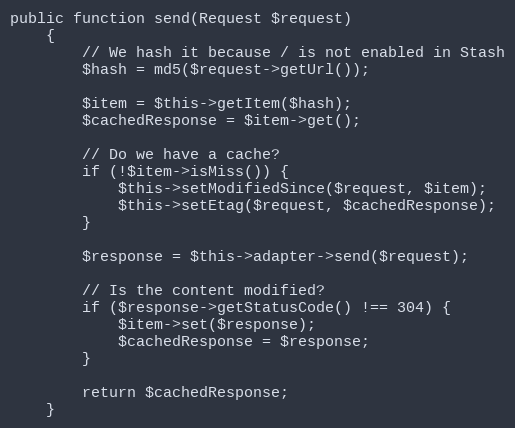
Language: PHP
public function send(Request $request)
    {
        // We hash it because / is not enabled in Stash
        $hash = md5($request->getUrl());

        $item = $this->getItem($hash);
        $cachedResponse = $item->get();

        // Do we have a cache?
        if (!$item->isMiss()) {
            $this->setModifiedSince($request, $item);
            $this->setEtag($request, $cachedResponse);
        }

        $response = $this->adapter->send($request);

        // Is the content modified?
        if ($response->getStatusCode() !== 304) {
            $item->set($response);
            $cachedResponse = $response;
        }

        return $cachedResponse;
    }